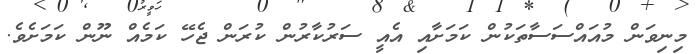
މިނިވަން މުއައްސަސާތަކުން ކަމަށާއި އެއީ ސަރުކާރުން ކުރަން ޖެހޭ ކަމެއް ނޫން ކަމަށެވެ.